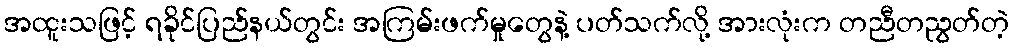
အထူးသဖြင့် ရခိုင်ပြည်နယ်တွင်း အကြမ်းဖက်မှုတွေနဲ့ ပတ်သက်လို့ အားလုံးက တညီတညွတ်တဲ့